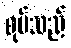
စုပ်သည်